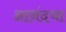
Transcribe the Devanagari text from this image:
आनंदचा